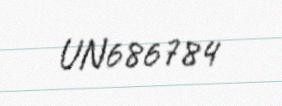
UN686784